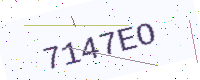
Text: 7147EO